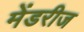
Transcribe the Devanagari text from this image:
मेंडरीज